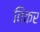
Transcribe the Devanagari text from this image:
विंकर